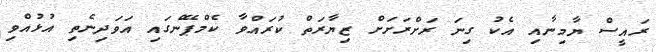
ރައީސް ޔާމިނާއި އެކު ގިނަ ރަށްރަށަށް ޒިޔާރަތް ކުރައްވާ ކެމްޕޭންގައި އަވަދިނެތި އުޅުއްވި